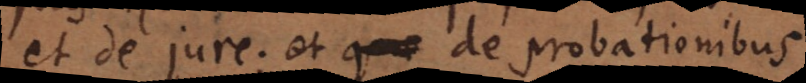
et de jure; et de probationibus.